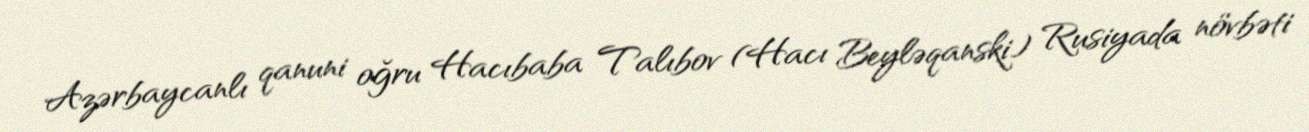
Azərbaycanlı qanuni oğru Hacıbaba Talıbov (Hacı Beyləqanski) Rusiyada növbəti